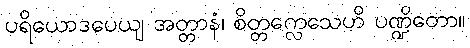
ပရိယောဒပေယျ အတ္တာနံ၊ စိတ္တက္လေသေဟိ ပဏ္ဍိတော။